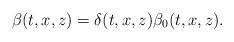
LaTeX: \begin{align*} \beta(t,x,z)=\delta(t,x,z)\beta_0(t,x,z).\end{align*}